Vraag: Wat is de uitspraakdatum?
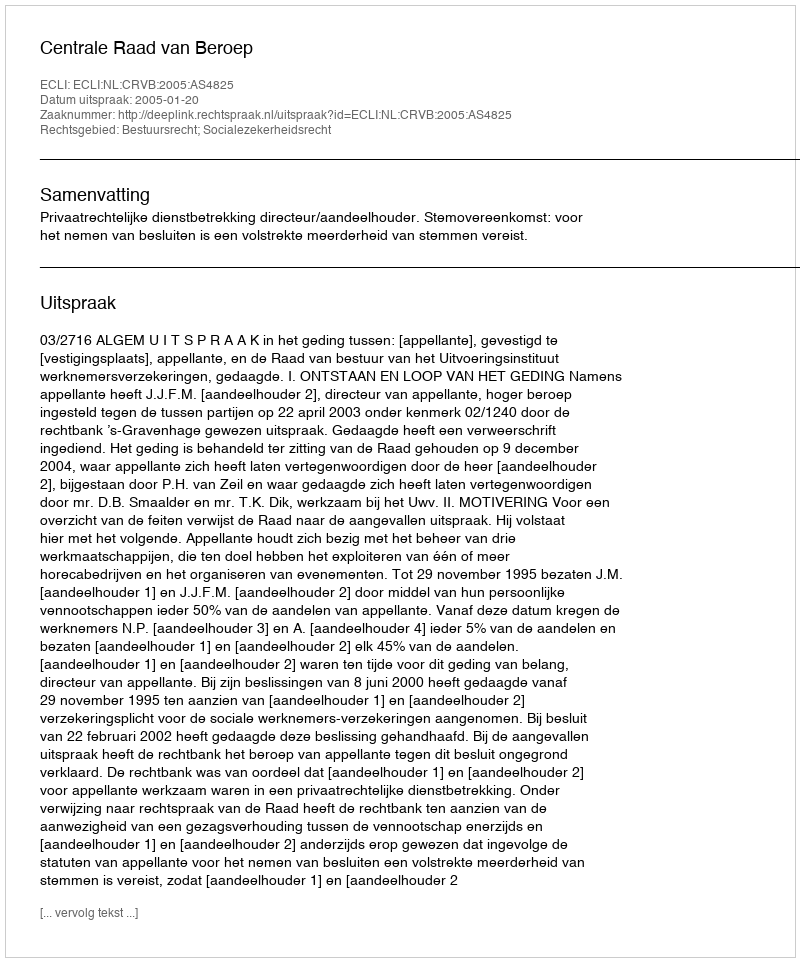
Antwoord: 2005-01-20